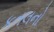
કતલનો